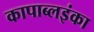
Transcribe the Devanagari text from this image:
कापाब्लइंका